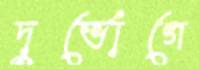
দুর্ভোগে